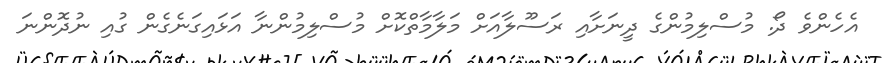
އެހެންވެ ދޯ. މުސްލިމުންގެ ދީނަށާއި ރަސޫލާއަށް މަލާމާތްކޮށް މުސްލިމުންނާ އަޅައިގަނެގެން ގުއި ނުދޮންނަ